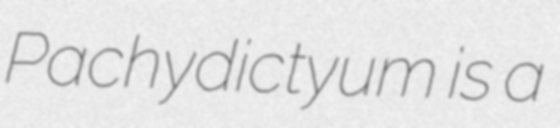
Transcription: Pachydictyum is a